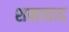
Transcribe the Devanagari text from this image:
शनावाद